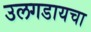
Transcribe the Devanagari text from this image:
उलगडायचा